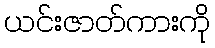
ယင်းဇာတ်ကားကို